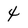
Character: 4